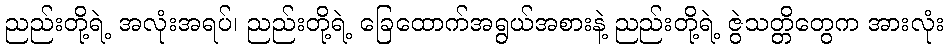
ညည်းတို့ရဲ့ အလုံးအရပ်၊ ညည်းတို့ရဲ့ ခြေထောက်အရွယ်အစားနဲ့ ညည်းတို့ရဲ့ ဇွဲသတ္တိတွေက အားလုံး